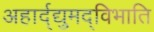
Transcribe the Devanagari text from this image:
अहार्द्द्युमद्विभाति